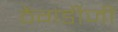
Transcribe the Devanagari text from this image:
ठेंगडीजी